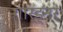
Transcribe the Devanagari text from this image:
गार्ड्नर